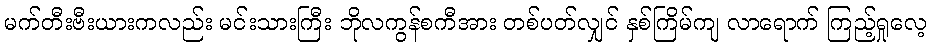
မက်တီးဗီးယားကလည်း မင်းသားကြီး ဘိုလကွန်စကီအား တစ်ပတ်လျှင် နှစ်ကြိမ်ကျ လာရောက် ကြည့်ရှုလေ့